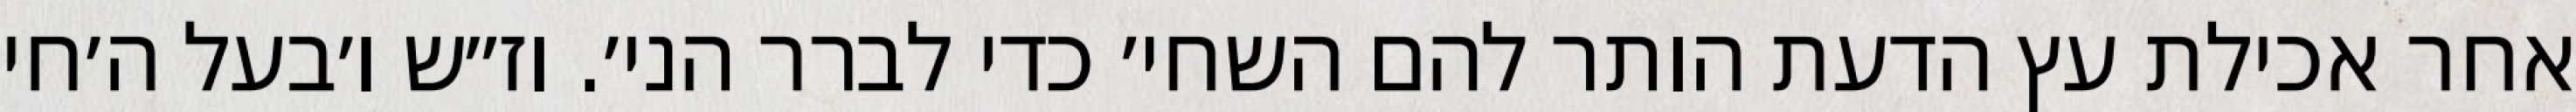
אחר אכילת עץ הדעת הותר להם השחי׳ כדי לברר הני׳. וז״ש ו׳בעל ה׳חי